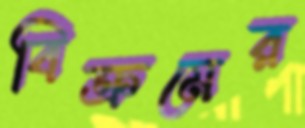
বিক্রমের